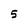
Character: 5